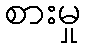
စားမှု